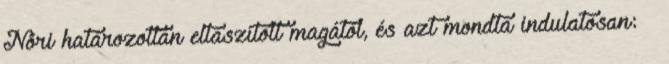
Nóri határozottan eltaszított magától, és azt mondta indulatosan: –